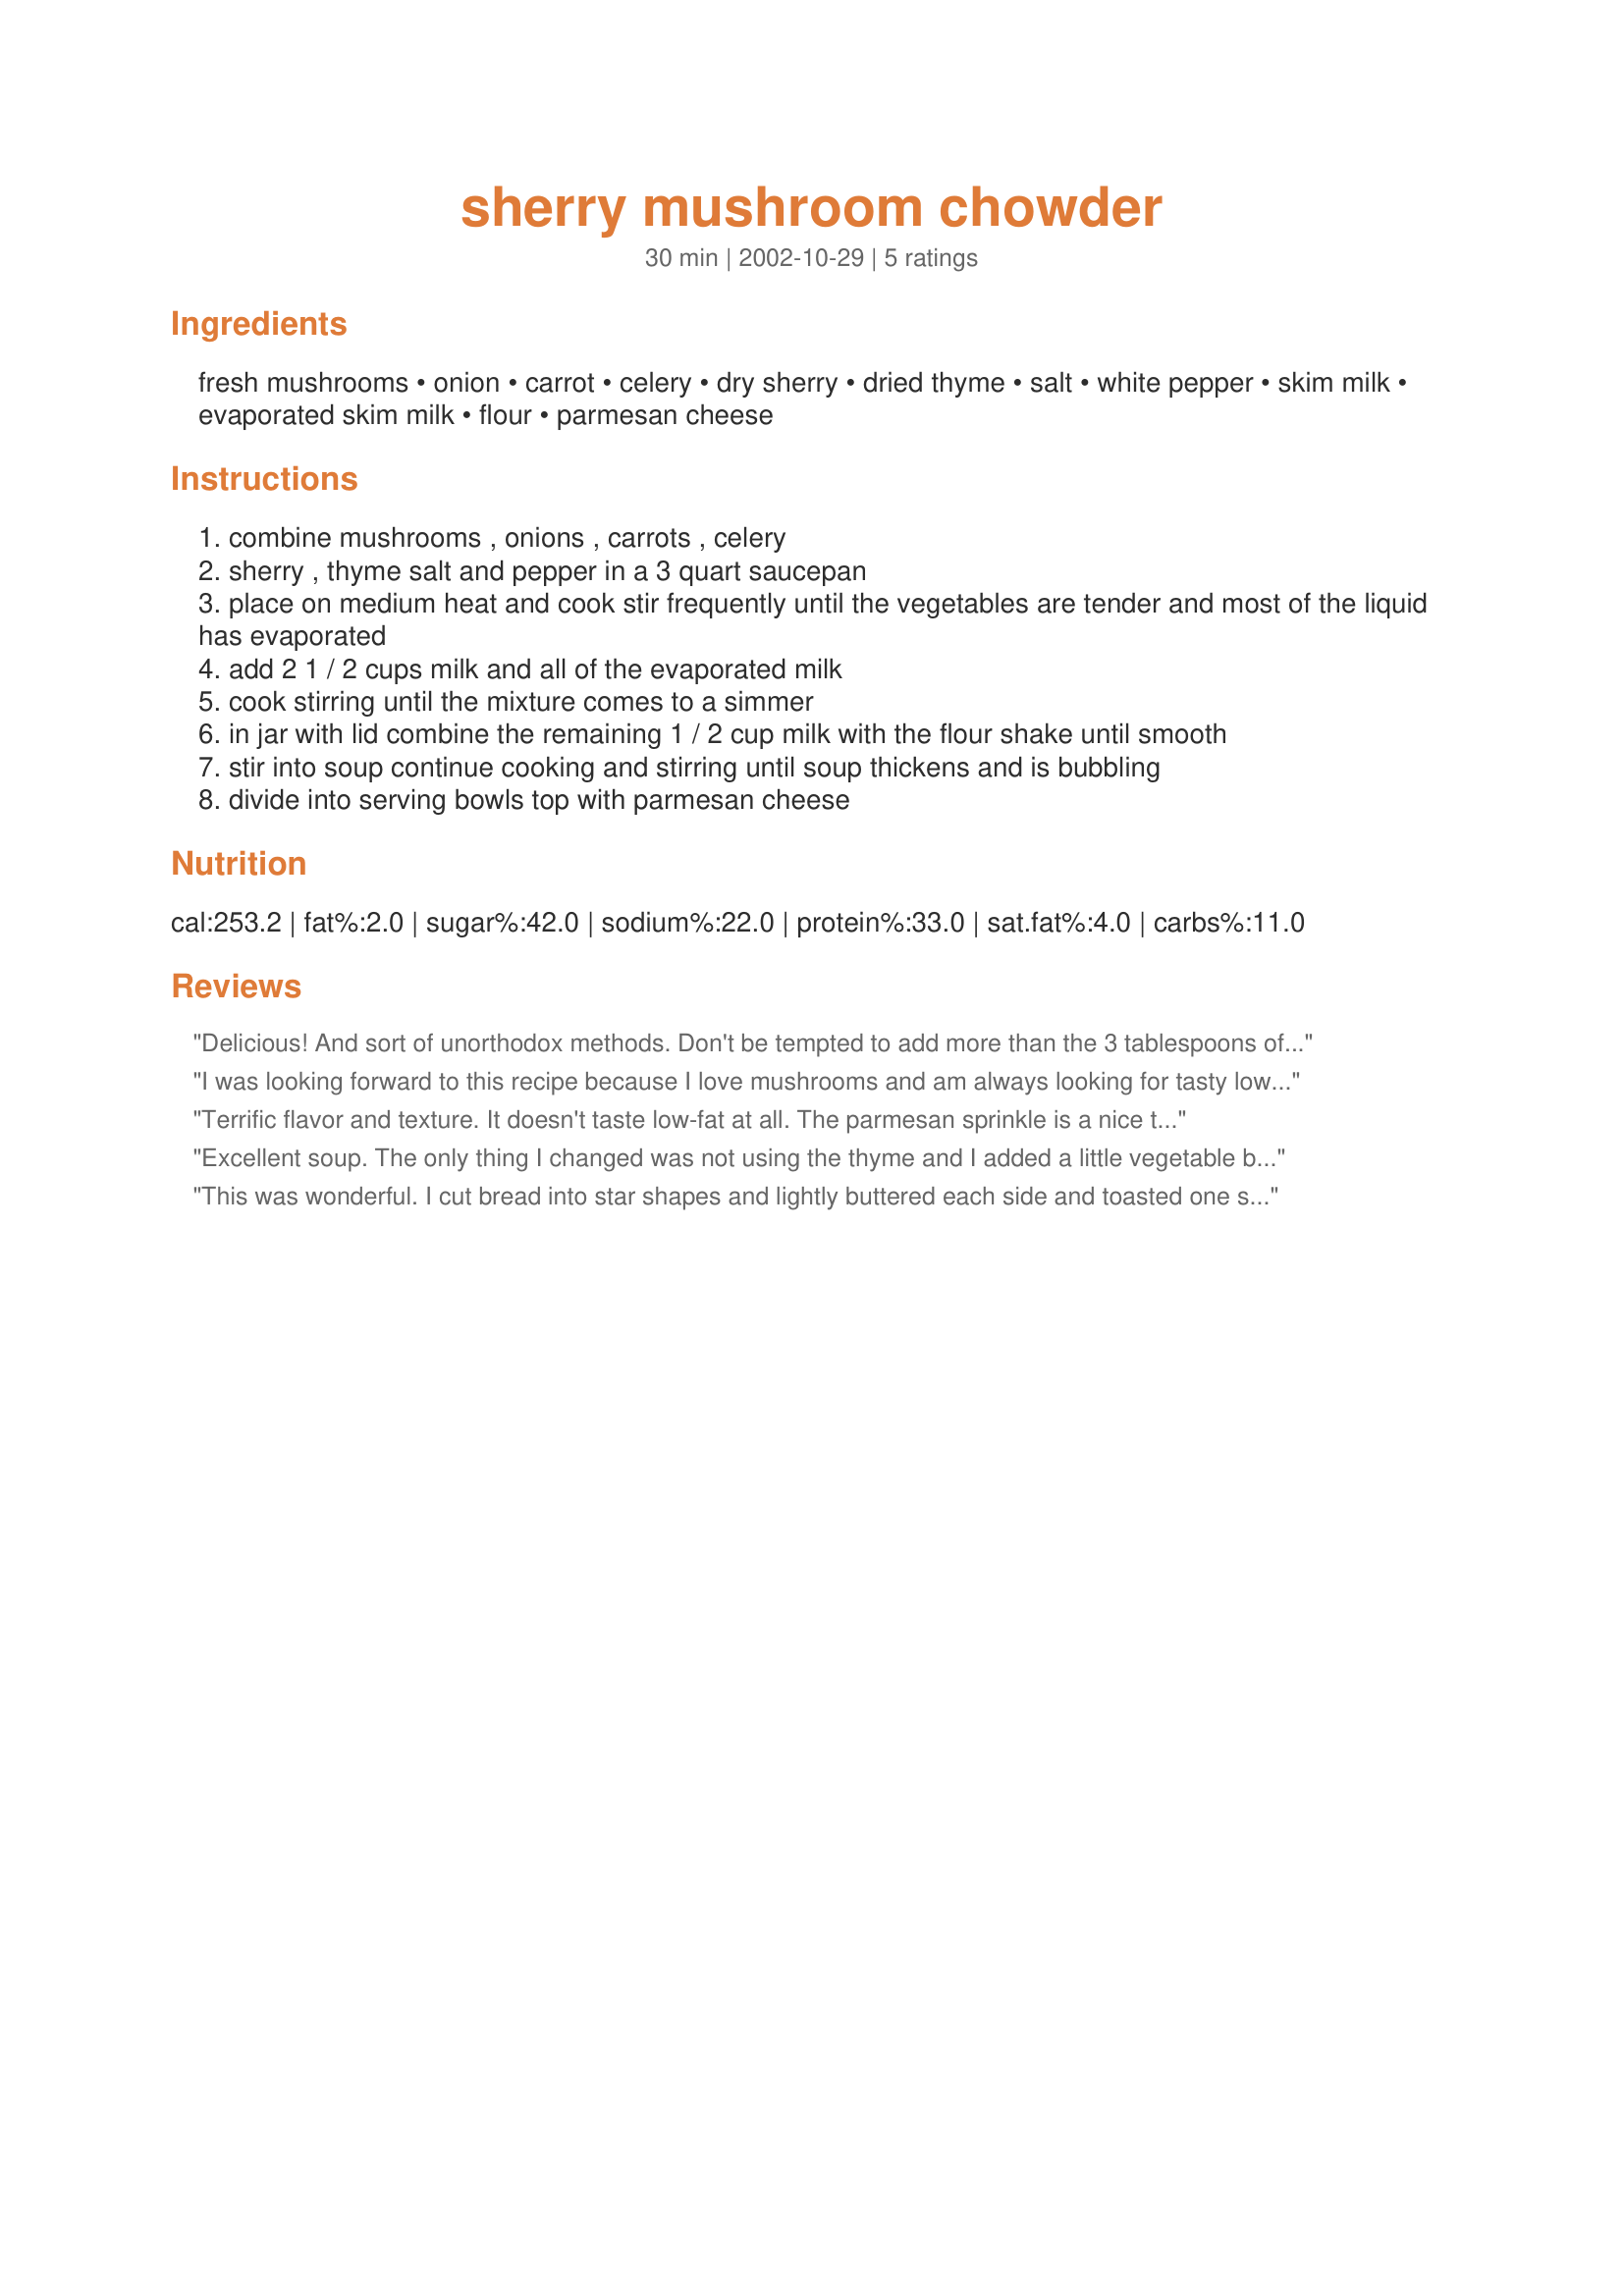
sherry mushroom chowder
Preparation time: 30 minutes

Ingredients:
fresh mushrooms, onion, carrot, celery, dry sherry, dried thyme, salt, white pepper, skim milk, evaporated skim milk, flour, parmesan cheese

Steps:
combine mushrooms , onions , carrots , celery
sherry , thyme salt and pepper in a 3 quart saucepan
place on medium heat and cook stir frequently until the vegetables are tender and most of the liquid has evaporated
add 2 1 / 2 cups milk and all of the evaporated milk
cook stirring until the mixture comes to a simmer
in jar with lid combine the remaining 1 / 2 cup milk with the flour shake until smooth
stir into soup continue cooking and stirring until soup thickens and is bubbling
divide into serving bowls top with parmesan cheese

Reviews:
Delicious! And sort of unorthodox methods. Don't be tempted to add more than the 3 tablespoons of sherry to the mushrooms and veggies - the mushrooms will make their own juices eventually. And, the shaking together of the remaining milk and flour makes a wonderful smooth soup with absolutely no lumps. Beautiful soup, onlyme!
I was looking forward to this recipe because I love mushrooms and am always looking for tasty low fat/low cal recipes. I thought I hit the jackpot with this recipe. It looked good and the reviews were all positive. Following the recipe as written, I tasted it when completed and it was awful. It was bland, tasteless. The only real taste was the flour and the chowder was much too thick. I gave it one star because I was able to recover by adding about 3 more cups of sliced mushrooms that I happened to have. I also added about 1/4 cup more sherry, a couple of chicken bullion cubes, some onion powder and a cup of boiling water. It became edible, but I won't make this again.
Terrific flavor and texture. It doesn't taste low-fat at all. The parmesan sprinkle is a nice touch. I love my mushrooms so I'll make this again. Thanx for posting.
Excellent soup. The only thing I changed was not using the thyme and I added a little vegetable boullion. Very flavourful soup and easy to make. Thanks for the recipe.
This was wonderful. I cut bread into star shapes and lightly buttered each side and toasted one side under the broiler, turned them over and sprinkled some parmesan cheese on them and broiled that side til golden. I floated these on the soup just as I served it. Sprinkling more parmesan cheese over all.
